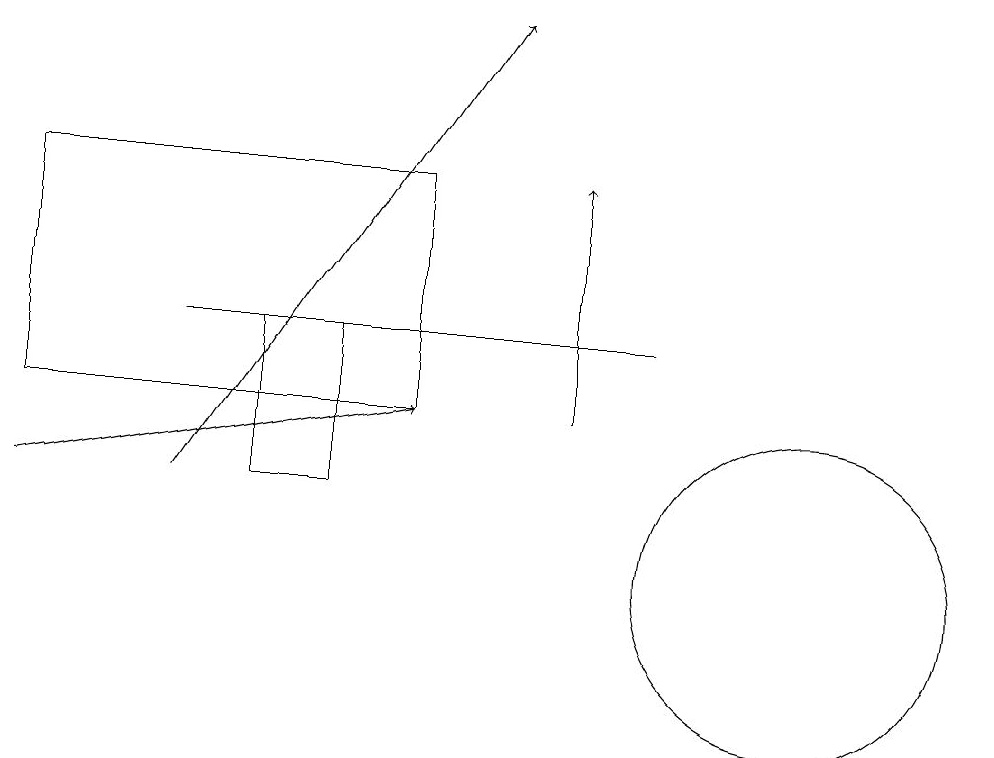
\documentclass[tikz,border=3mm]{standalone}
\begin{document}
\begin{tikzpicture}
\draw[->] (7,12) -- (7,15);
\draw (3,13) rectangle (4,11);
\draw (8,13) rectangle (2,13);
\draw (10,10) circle (2);
\draw (11,11) circle (0);
\draw[->] (0,11) -- (5,12);
\draw[->] (2,11) -- (6,17);
\draw (0,15) rectangle (5,12);
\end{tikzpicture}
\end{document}